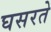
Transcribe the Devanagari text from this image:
घसरते